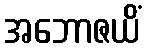
အဘောဇယိံ